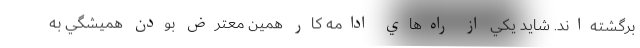
برگشته‌اند. شايد يکي از راه‌هاي ادامه کار همين معترض بودن هميشگي به